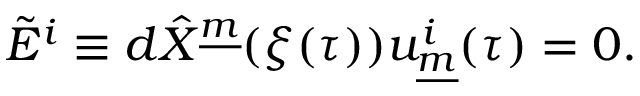
\tilde { E } ^ { i } \equiv d \hat { X } ^ { \underline { { { m } } } } ( \xi ( \tau ) ) u _ { \underline { { { m } } } } ^ { i } ( \tau ) = 0 . \qquad